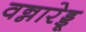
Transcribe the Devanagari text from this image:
वन्नारेड्डू